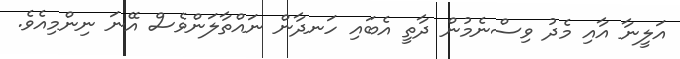
އަލީނާ އާއި މެދު ވިސްނެމުން ދާތީ އެބައި ހަނދާން ނައްތާލަންވެސް އޭނަ ނިންމިއެވެ.